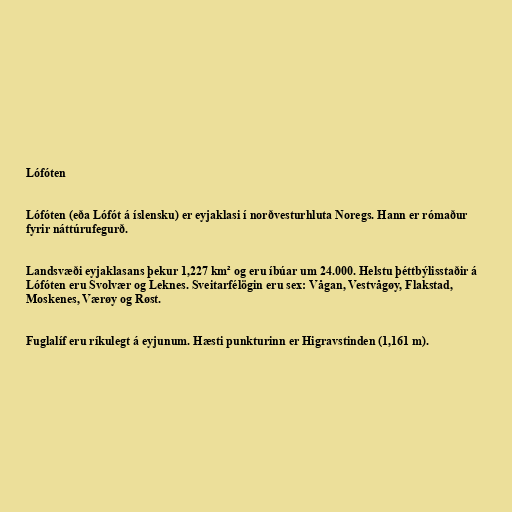
Lófóten

Lófóten (eða Lófót á íslensku) er eyjaklasi í norðvesturhluta Noregs. Hann er rómaður
fyrir náttúrufegurð.

Landsvæði eyjaklasans þekur 1,227 km² og eru íbúar um 24.000. Helstu þéttbýlisstaðir á
Lófóten eru Svolvær og Leknes. Sveitarfélögin eru sex: Vågan, Vestvågøy, Flakstad,
Moskenes, Værøy og Røst.

Fuglalíf eru ríkulegt á eyjunum. Hæsti punkturinn er Higravstinden (1,161 m).